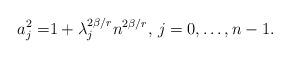
LaTeX: \begin{align*}a_j^2=&1+ \lambda_j^{2\beta/r}n^{2\beta/r}, \,j=0,\dots,n-1.\end{align*}